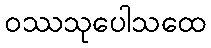
ဝဿသုပေါသထေ